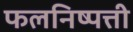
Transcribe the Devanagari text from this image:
फलनिष्पत्ती